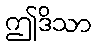
ဤဒိသာ